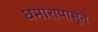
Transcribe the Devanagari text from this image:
धमारापासून